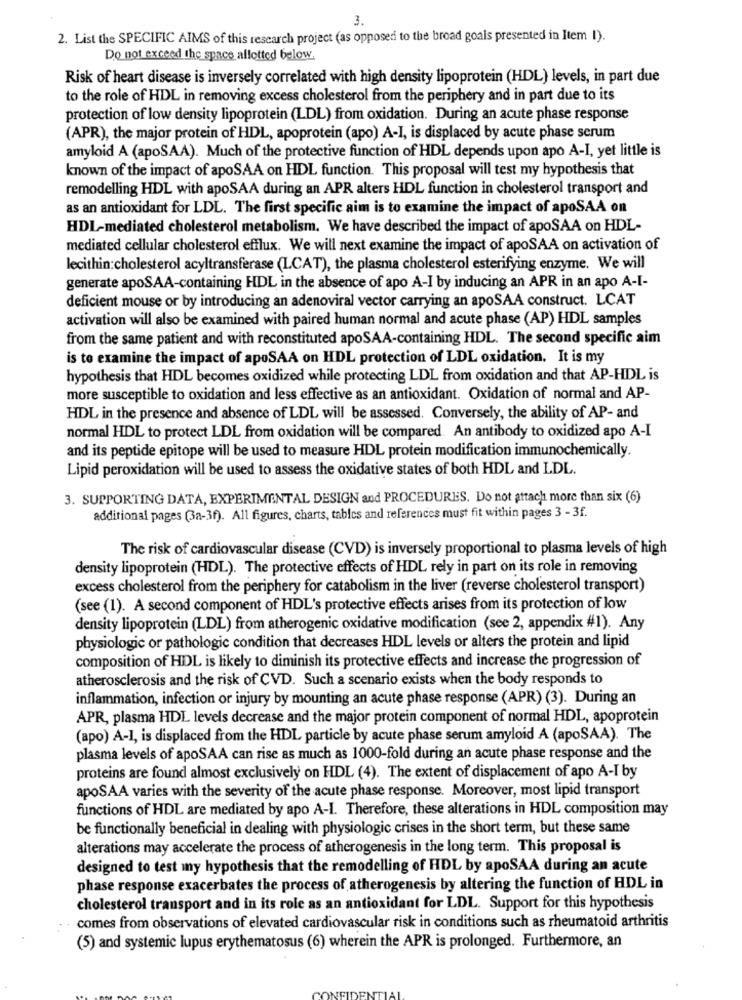
3.
2. List the SPECIFIC AIMS of this research project (as opposed to the broad goals presented in Item I).
Do not exceed the space allotted below.
Risk of heart disease is inversely correlated with high density lipoprotein (HDL) levels, in part due
to the role of HDL in removing excess cholesterol from the periphery and in part due to its
protection of low density lipoprotein (LDL) from oxidation. During an acute phase response
(APR), the major protein of HDL, apoprotein (apo) A-I, is displaced by acute phase serum
amyloid A (apoSAA). Much of the protective function of HDL depends upon apo A-I, yet little is
known of the impact of apoSAA on HDL function. This proposal will test my hypothesis that
remodelling HDL with apoSAA during an APR alters HDL function in cholesterol transport and
as an antioxidant for LDL. The first specific aim is to examine the impact of apoSAA on
HDL-mediated cholesterol metabolism. We have described the impact of apoSAA on HDL-
mediated cellular cholesterol efflux. We will next examine the impact of apoSAA on activation of
lecithin:cholesterol acyltransferase (I.CAT), the plasma cholesterol esterifying enzyme. We will
generate apoSAA-containing HDL in the absence of apo A-I by inducing an APR in an apo A-I-
deficient mouse or by introducing an adenoviral vector carrying an apoSAA construct. LCAT
activation will also be examined with paired human normal and acute phase (AP) HDL samples
from the same patient and with reconstituted apoSAA-containing HDL. The second specific aim
is to examine the impact of apoSAA on HDL protection of LDL oxidation. It is my
hypothesis that HDL becomes oxidized while protecting LDL from oxidation and that AP-HDL is
more susceptible to oxidation and less effective as an antioxidant. Oxidation of normal and AP-
HDL in the presence and absence of LDL will be assessed. Conversely, the ability of AP- and
normal HDL to protect LDL from oxidation will be compared. An antibody to oxidized apo A-I
and its peptide epitope will be used to measure HDL protein modification immunochemically.
Lipid peroxidation will be used to assess the oxidative states of both HDL and LDL.
3. SUPPORTING DATA, EXPERIMENTAL DESIGN and PROCEDURES. Do not attach more than six (6)
additional pages (3a-3f). All figures, charts, tables and references must fit within pages 3 - 3f.
The risk of cardiovascular disease (CVD) is inversely proportional to plasma levels of high
density lipoprotein (HDL). The protective effects of HDL rely in part on its role in removing
excess cholesterol from the periphery for catabolismin the liver (reverse cholesterol transport)
(see (1). A second component of HDL's protective effects arises from its protection of low
density lipoprotein (LDL) from atherogenic oxidative modification (see 2, appendix #1). Any
physiologic or pathologic condition that decreases HDL levels or alters the protein and lipid
composition of HDL is likely to diminish its protective effects and increase the progression of
atherosclerosis and the risk of CVD. Such a scenario exists when the body responds to
inflammation, infection or injury by mounting an acute phase response (APR) (3). During an
APR, plasma HDL levels decrease and the major protein component of normal HDL, apoprotein
(apo) A-1, is displaced from the HDL particle by acute phase serum amyloid A (apoSAA). The
plasma levels of apoSAA can rise as much as 1000-fold during an acute phase response and the
proteins are found almost exclusively on HDL (4). The extent of displacement of apo A-I by
apoSAA varies with the severity of the acute phase response. Moreover, most lipid transport
functions of HDL are mediated by apo A-I. Therefore, these alterations in HDL composition may
be functionally beneficial in dealing with physiologic crises in the short term, but these same
alterations may accelerate the process of atherogenesis in the long term. This proposal is
designed to test iny hypothesis that the remodelling of HDL by apoSAA during an acute
phase response exacerbates the process of atherogenesis by altering the function of HDL in
cholesterol transport and in its role as an antioxidant for LDL. Support for this hypothesis
comes from observations of elevated cardiovascular risk in conditions such as rheumatoid arthritis
(5) and systemic lupus erythematosus (6) wherein the APR is prolonged. Furthermore, an